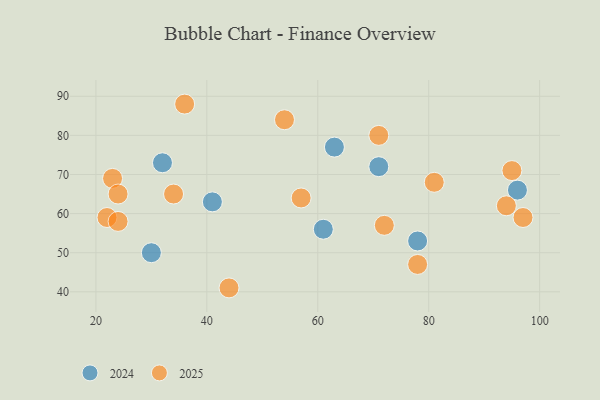
{"axis": {"x": "GDP", "y": "Life Expectancy"}, "legend": ["2024", "2025"], "data": [{"x": "32", "y": 73, "type": "2024"}, {"x": "30", "y": 50, "type": "2024"}, {"x": "63", "y": 77, "type": "2024"}, {"x": "71", "y": 72, "type": "2024"}, {"x": "41", "y": 63, "type": "2024"}, {"x": "96", "y": 66, "type": "2024"}, {"x": "61", "y": 56, "type": "2024"}, {"x": "78", "y": 53, "type": "2024"}, {"x": "97", "y": 59, "type": "2025"}, {"x": "72", "y": 57, "type": "2025"}, {"x": "71", "y": 80, "type": "2025"}, {"x": "36", "y": 88, "type": "2025"}, {"x": "95", "y": 71, "type": "2025"}, {"x": "23", "y": 69, "type": "2025"}, {"x": "57", "y": 64, "type": "2025"}, {"x": "44", "y": 41, "type": "2025"}, {"x": "34", "y": 65, "type": "2025"}, {"x": "54", "y": 84, "type": "2025"}, {"x": "78", "y": 47, "type": "2025"}, {"x": "81", "y": 68, "type": "2025"}, {"x": "94", "y": 62, "type": "2025"}, {"x": "22", "y": 59, "type": "2025"}, {"x": "24", "y": 58, "type": "2025"}, {"x": "24", "y": 65, "type": "2025"}]}